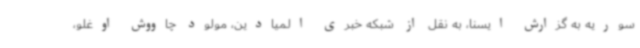
سوریه به گزارش ایسنا، به نقل از شبکه خبری المیادین، مولود چاووش اوغلو،